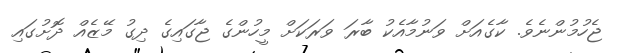
ޖެހުމުންނެވެ. ކާގެެއަށް ވަނުމާއެކު ބާރަ ވަރަކަށް މީހުންގެ ޖާގައިގެ ދިގު މޭޒެއް ދޮށުގައި